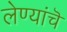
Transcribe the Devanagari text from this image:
लेण्यांचॆ